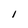
Character: I